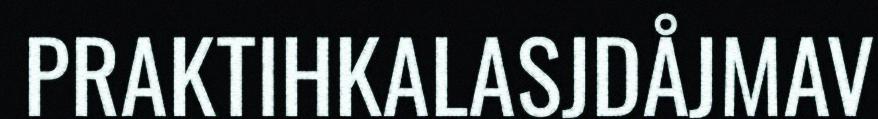
PRAKTIHKALASJDÅJMAV